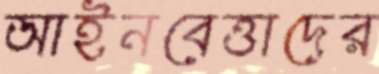
আইনবেত্তাদের